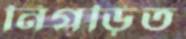
নিগড়িত